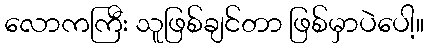
လောကကြီး သူဖြစ်ချင်တာ ဖြစ်မှာပဲပေါ့။